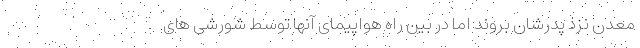
معدن نزد پدرشان بروند اما در بین راه هواپیمای آنها توسط شورشی های